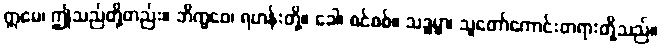
ဣမေ၊ ဤသည်တို့တည်း။ ဘိက္ခဝေ၊ ရဟန်းတို့။ ခေါ၊ စင်စစ်။ သဒ္ဓမ္မာ၊ သူတော်ကောင်းတရားတို့သည်။